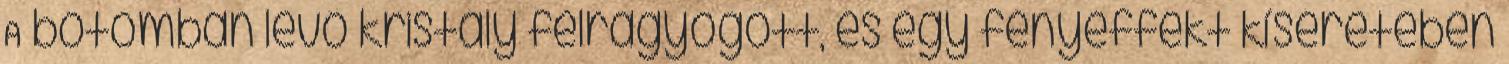
A botomban levő kristály felragyogott, és egy fényeffekt kíséretében